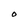
Character: O